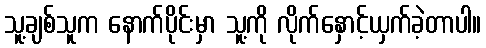
သူ့ချစ်သူက နောက်ပိုင်းမှာ သူ့ကို လိုက်နှောင့်ယှက်ခဲ့တာပါ။